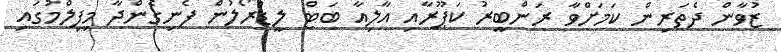
ޒުވާން ދެތަރިން ކަމަށްވާ ރަންބީރު ކަޕޫރާއި އާލިއާ ބަޓް ލީޑްރޯލުން ފެނިގެންދާ މިފިލްމުގައި